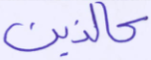
كالذين